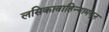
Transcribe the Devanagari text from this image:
लसिकावाहिन्यामधून